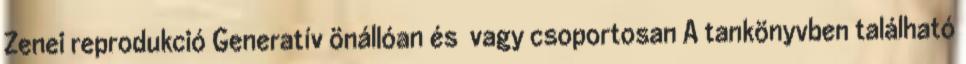
Zenei reprodukció Generatív önállóan és vagy csoportosan A tankönyvben található